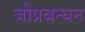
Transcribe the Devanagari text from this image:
जोप्रबन्धन